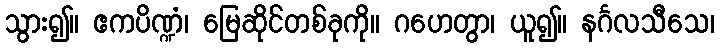
သွား၍။ ဧကပိဏ္ဍံ၊ မြေဆိုင်တစ်ခုကို။ ဂဟေတွာ၊ ယူ၍။ နင်္ဂလသီသေ၊